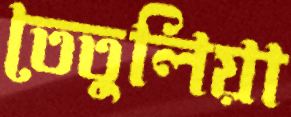
তেতুলিয়া